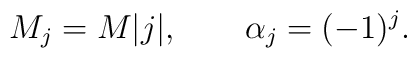
M_j=M|j|,\qquad\alpha_j=(-1)^j.